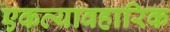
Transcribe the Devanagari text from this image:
एकव्यावहारिक